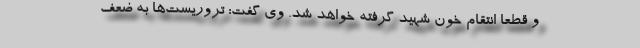
و قطعا انتقام خون شهید گرفته خواهد شد. وی گفت: تروریست‌ها به ضعف